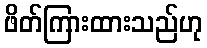
ဖိတ်ကြားထားသည်ဟု